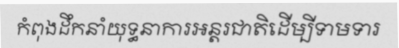
កំពុងដឹកនាំយុទ្ធនាការអន្តរជាតិដើម្បីទាមទារ